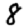
Digit: 8